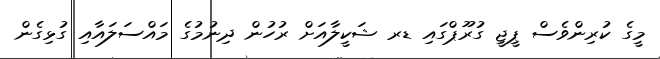
މީގެ ކުރިންވެސް ޕީޖީ ގުރޫޕްގައި ޑރ ޝަކީލާއަށް ރުހުން ދިނުމުގެ މައްސަލައާއި ގުޅިގެން